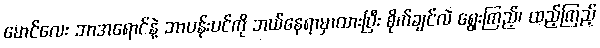
မောင်လေး ဘာအရောင်နဲ့ ဘာပန်းပင်ကို ဘယ်နေရာမှာထားပြီး စိုက်ချင်လဲ ရွေးကြည့်၊ ထည့်ကြည့်